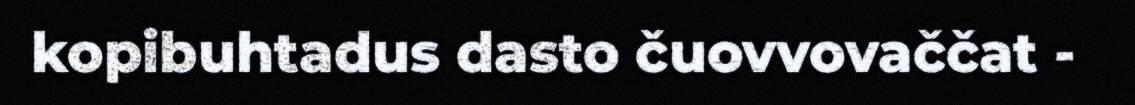
kopibuhtadus dasto čuovvovaččat -